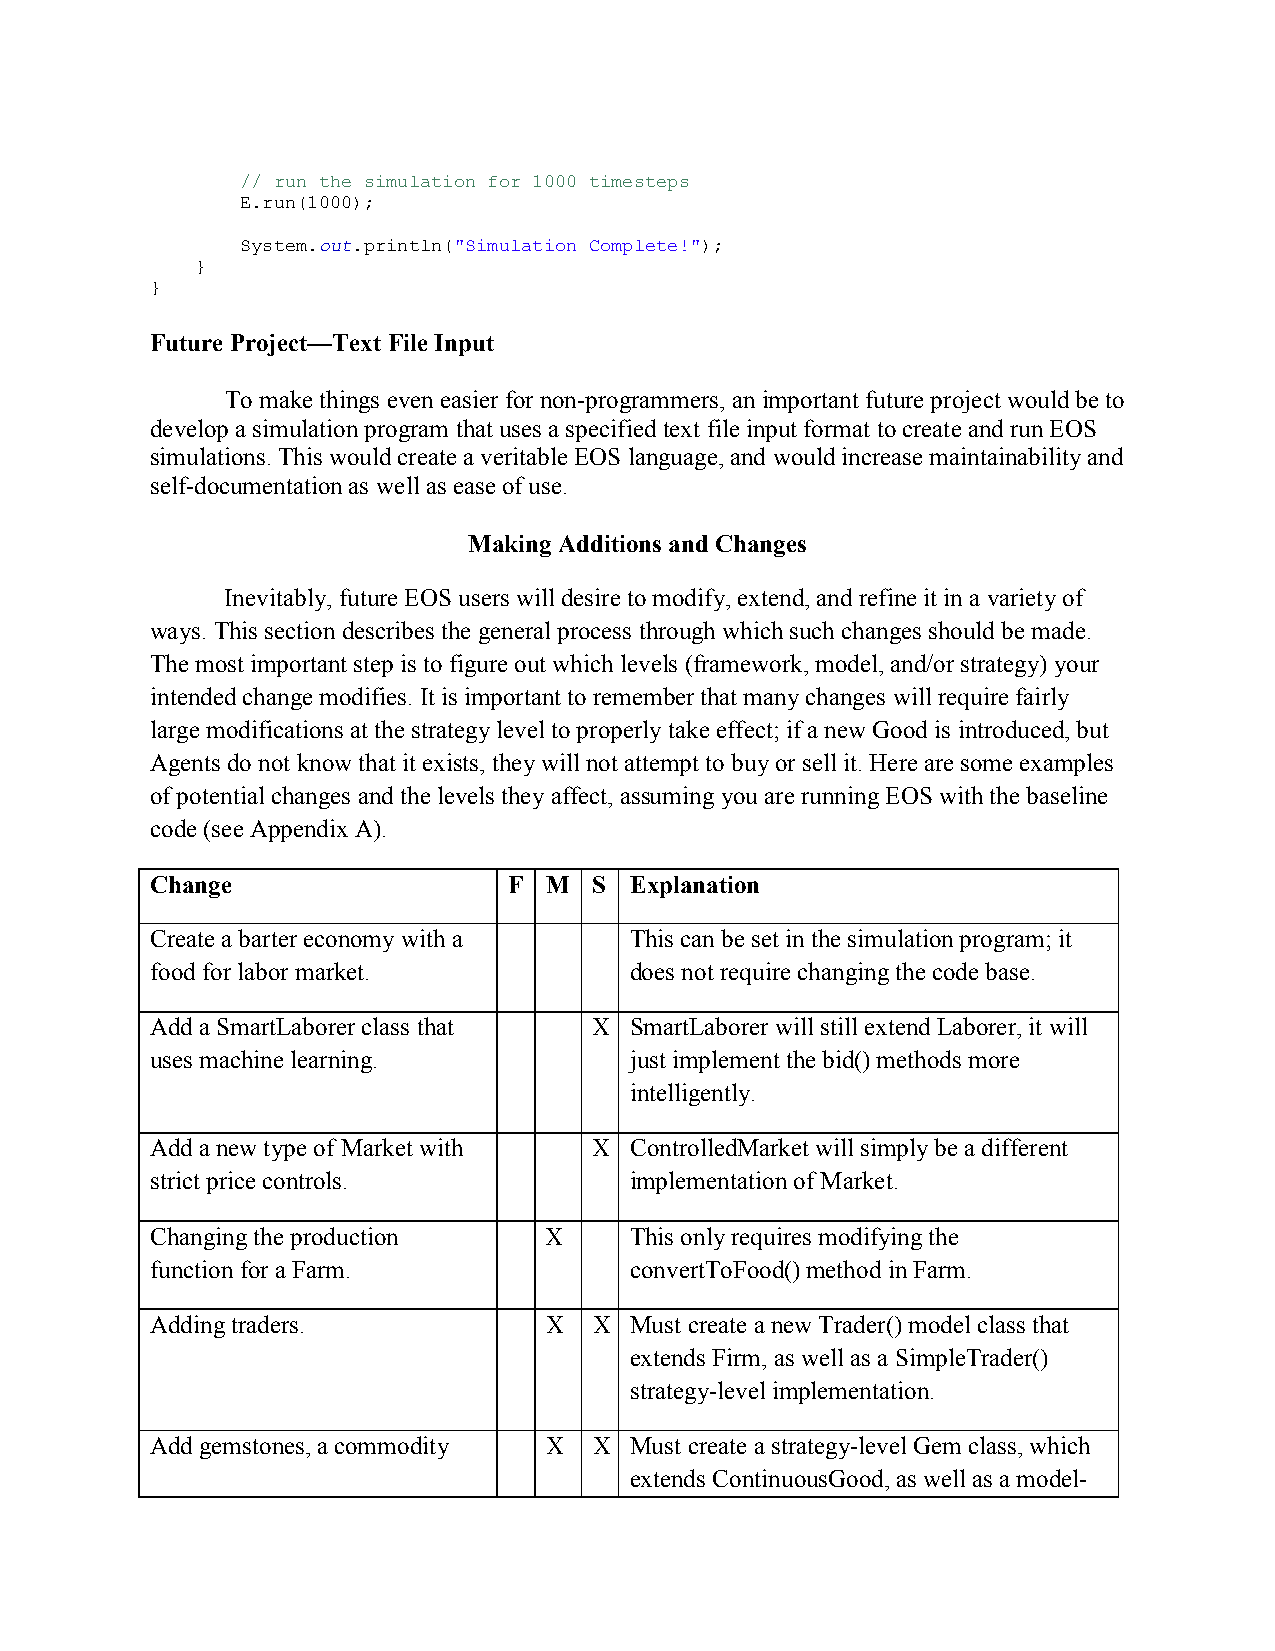
// run the simulation for 1000 timesteps
 E.run(1000);
 System.out.println("Simulation Complete!");
 }
 }
 Future Project—Text File Input
 To make things even easier for non-programmers, an important future project would be to
 develop a simulation program that uses a specified text file input format to create and run EOS
 simulations. This would create a veritable EOS language, and would increase maintainability and
 self-documentation as well as ease of use.
 Making Additions and Changes
 Inevitably, future EOS users will desire to modify, extend, and refine it in a variety of
 ways. This section describes the general process through which such changes should be made.
 The most important step is to figure out which levels (framework, model, and/or strategy) your
 intended change modifies. It is important to remember that many changes will require fairly
 large modifications at the strategy level to properly take effect; if a new Good is introduced, but
 Agents do not know that it exists, they will not attempt to buy or sell it. Here are some examples
 of potential changes and the levels they affect, assuming you are running EOS with the baseline
 code (see Appendix A).
 Change                  F M  S  Explanation
 Create a barter economy with a  This can be set in the simulation program; it
 food for labor market.          does not require changing the code base.
 Add a SmartLaborer class that X SmartLaborer will still extend Laborer, it will
 uses machine learning.          just implement the bid() methods more
 intelligently.
 Add a new type of Market with X ControlledMarket will simply be a different
 strict price controls.          implementation of Market.
 Changing the production   X     This only requires modifying the
 function for a Farm.            convertToFood() method in Farm.
 Adding traders.           X  X  Must create a new Trader() model class that
 extends Firm, as well as a SimpleTrader()
 strategy-level implementation.
 Add gemstones, a commodity X X  Must create a strategy-level Gem class, which
 extends ContinuousGood, as well as a model-